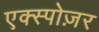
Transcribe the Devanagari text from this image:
एक्स्पोज़र